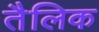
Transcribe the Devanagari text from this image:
तैलिक